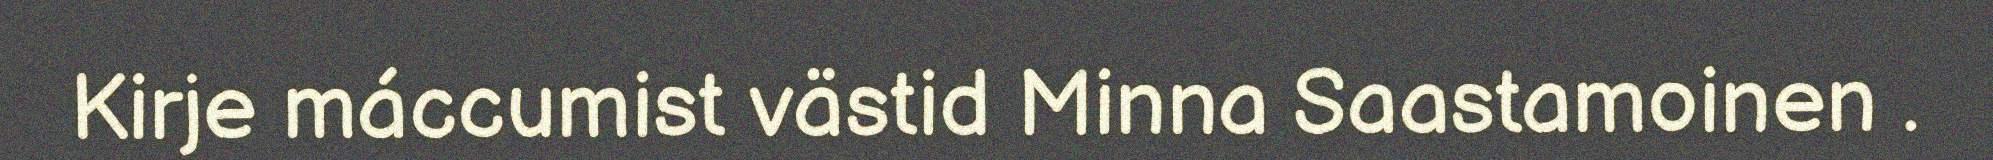
Kirje máccumist västid Minna Saastamoinen .